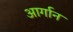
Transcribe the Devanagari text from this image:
आर्गान